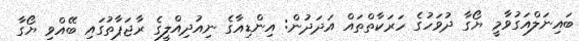
ބައިނަލްއަގުވާމީ ޔޯގާ ދުވަހުގެ ހަރަކާތްތައް އަދަދުން: އިންޑިއާގެ ނިއުދިއްލީގެ ރާޖަޕާތުގައި ބޭއްވި ޔޯގާ